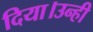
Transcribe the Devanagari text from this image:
दिया।उन्ही